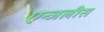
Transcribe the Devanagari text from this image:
एन्जलीस